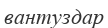
вантуздар